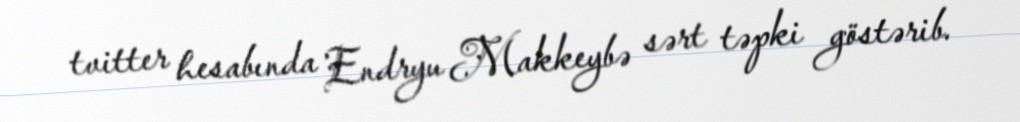
tvitter hesabında Endryu Makkeybə sərt təpki göstərib.